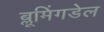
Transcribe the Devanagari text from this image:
ब्लूमिंगडेल